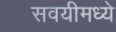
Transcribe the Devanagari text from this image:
सवयीमध्ये